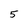
Character: 5